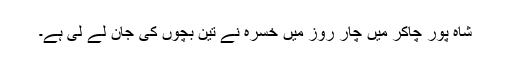
شاہ پور چاکر میں چار روز میں خسرہ نے تین بچوں کی جان لے لی ہے۔